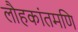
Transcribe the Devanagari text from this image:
लौहकांतमणि